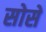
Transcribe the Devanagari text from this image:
सोसें